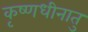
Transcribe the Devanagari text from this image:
कृष्णधीनातु